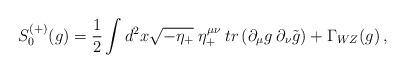
LaTeX: \begin{align*}S_0^{(+)}(g)={1\over 2}\int d^2 x \sqrt{-\eta_+}\; \eta_+^{\mu\nu}\:tr\left(\partial_\mu g\:\partial_\nu \tilde g\right) +\Gamma_{WZ}(g)\, ,\end{align*}